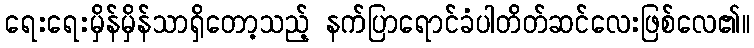
ရေးရေးမှိန်မှိန်သာရှိတော့သည့် နက်ပြာရောင်ခံပါတိတ်ဆင်လေးဖြစ်လေ၏။